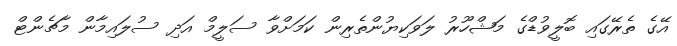
އޭގެ ތެރޭގައި ބޮލީވުޑްގެ މަޝްހޫރު ލަވަކިޔުންތެރިން ކަމަށްވާ ސަލީމް އަދި ސުލައިމާން މާޗެންޓް